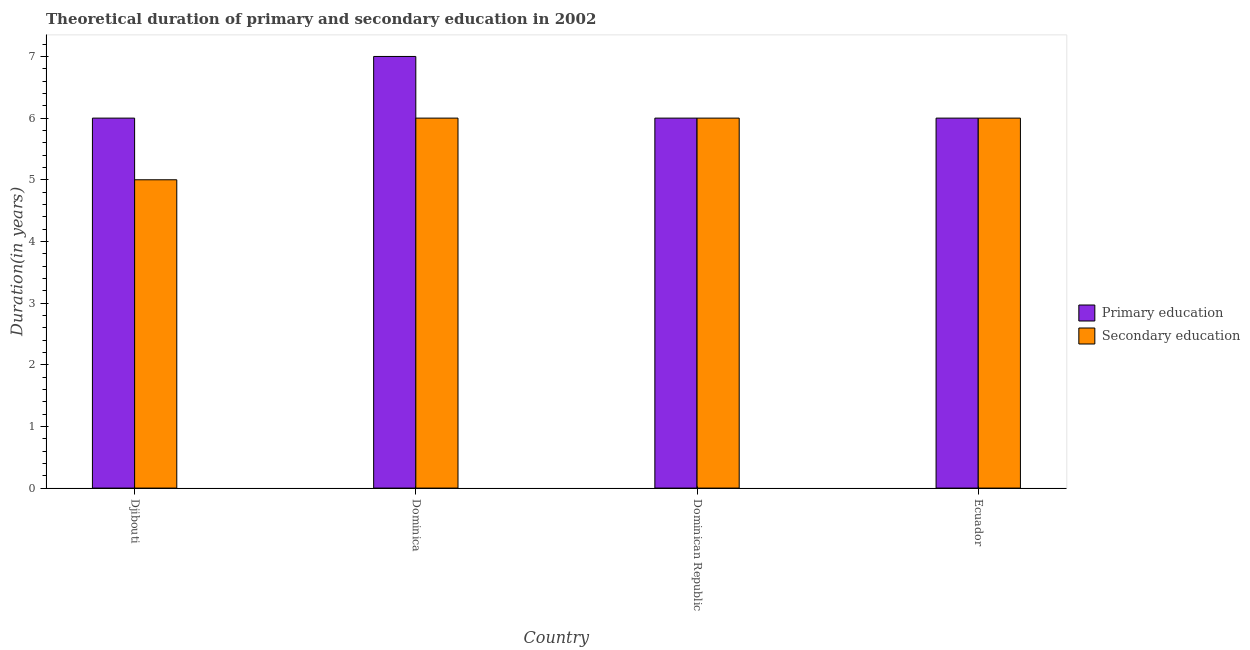
| Country | Primary education | Secondary education |
 | --- | --- | --- |
 | Djibouti | 6 | 5 |
 | Dominica | 7 | 6 |
 | Dominican Republic | 6 | 6 |
 | Ecuador | 6 | 6 |